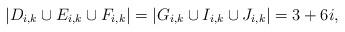
LaTeX: \begin{align*}|D_{i,k} \cup E_{i,k} \cup F_{i,k}| = |G_{i,k} \cup I_{i,k} \cup J_{i,k}| & = 3 + 6i, \end{align*}